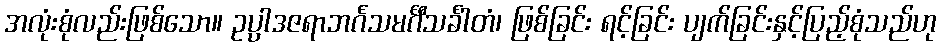
အလုံးစုံလည်းဖြစ်သော။ ဥပ္ပာဒဇရာဘင်္ဂသမင်္ဂီသင်္ခါတံ၊ ဖြစ်ခြင်း ရင့်ခြင်း ပျက်ခြင်းနှင့်ပြည့်စုံသည်ဟု